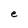
Character: e